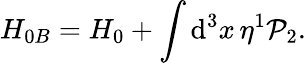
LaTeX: H_{0B}=H_{0}+\int\mathrm{d}^{3}x\, \eta^{1}\mathcal{P}_{2}.